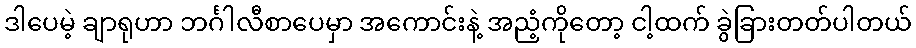
ဒါပေမဲ့ ချာရုဟာ ဘင်္ဂါလီစာပေမှာ အကောင်းနဲ့ အညံ့ကိုတော့ ငါ့ထက် ခွဲခြားတတ်ပါတယ်